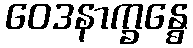
ဝေဒနာက္ခန္ဓေ